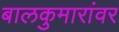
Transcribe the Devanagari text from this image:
बालकुमारांवर